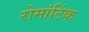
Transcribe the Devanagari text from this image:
रोमांटिंक